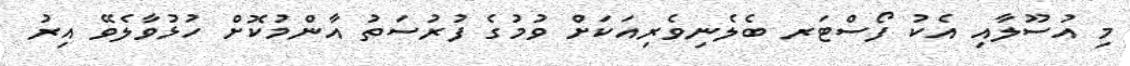
މި އުސޫލާއި އެކު ފޯސްޓަރ ބެލެނިވެރިއަކަށް ވުމުގެ ފުރުސަތު އާންމުކޮށް ހުޅުވާލެވޭ އިރު